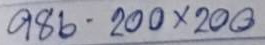
986 - 200 x 200